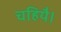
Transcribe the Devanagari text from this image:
चहियै।